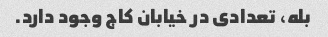
بله، تعدادی در خیابان کاج وجود دارد.